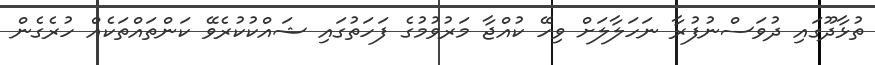
ތުޅާދޫގައި ދުވަސްނުފުރާ ނަހަލާލަށް ވިހޭ ކުއްޖާ މަރުވުމުގެ ފަހަތުގައި ޝައްކުކުރެވޭ ކަންތައްތަކެއް ހުރެގެން